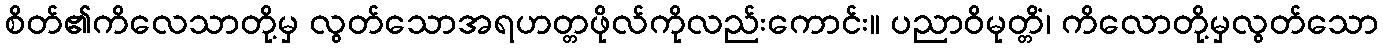
စိတ်၏ကိလေသာတို့မှ လွတ်သောအရဟတ္တဖိုလ်ကိုလည်းကောင်း။ ပညာဝိမုတ္တိံ၊ ကိလောတို့မှလွတ်သော